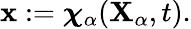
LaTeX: \begin{array}{r}{\mathbf{x}:=\boldsymbol{\chi}_{\alpha}(\mathbf{X}_{\alpha},t).}\end{array}